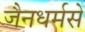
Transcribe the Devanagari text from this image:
जैनधर्मसे